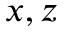
x , z